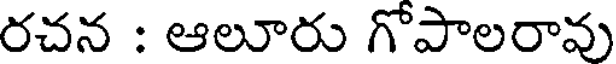
రచన : ఆలూరు గోపాలరావు